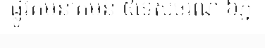
ផ្លូវគមនាគមន៍ ៥ទេសចរណ៍ ៦ភ្នំ